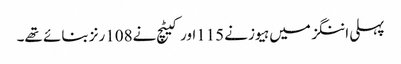
پہلی اننگز میں ہیوز نے115اور کیٹچ نے108رنز بنائے تھے۔